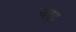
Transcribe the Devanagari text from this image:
चढ़इ